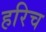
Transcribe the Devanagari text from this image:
हरिच